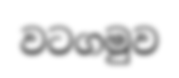
වටගමුව